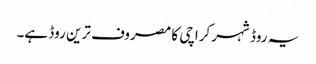
یہ روڈ شہر کراچی کا مصروف ترین روڈ ہے۔